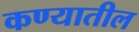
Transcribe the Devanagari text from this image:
कण्यातील